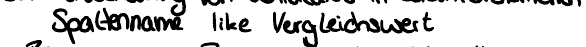
Spaltenname like Vergleichswert